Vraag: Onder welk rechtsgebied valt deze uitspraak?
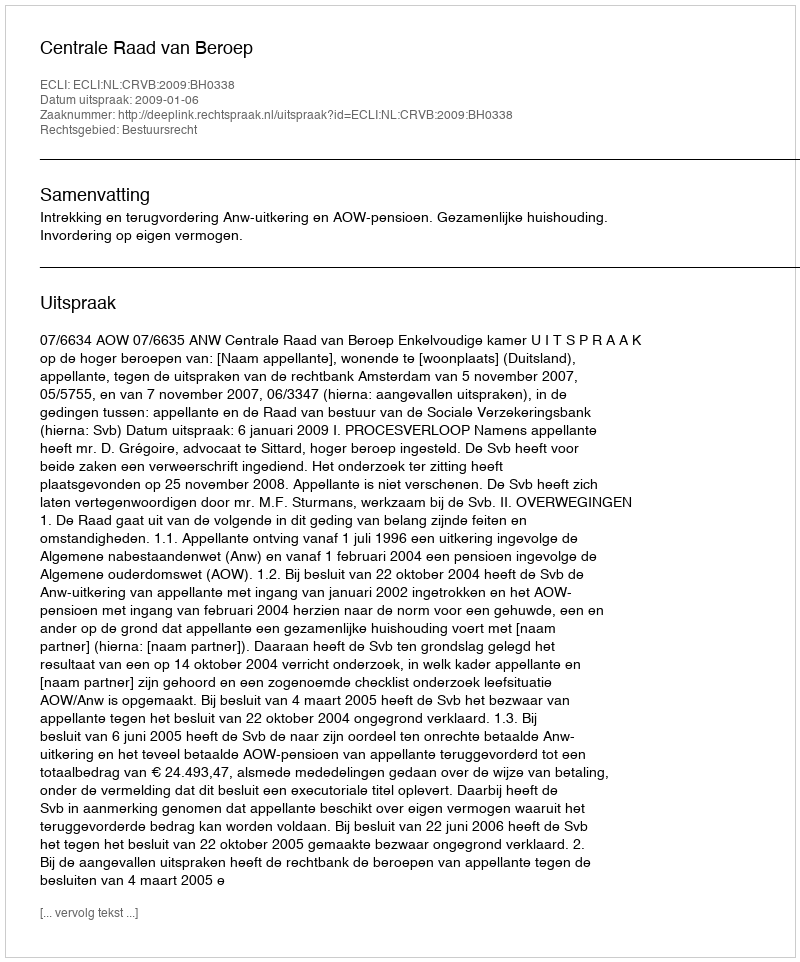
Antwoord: Bestuursrecht